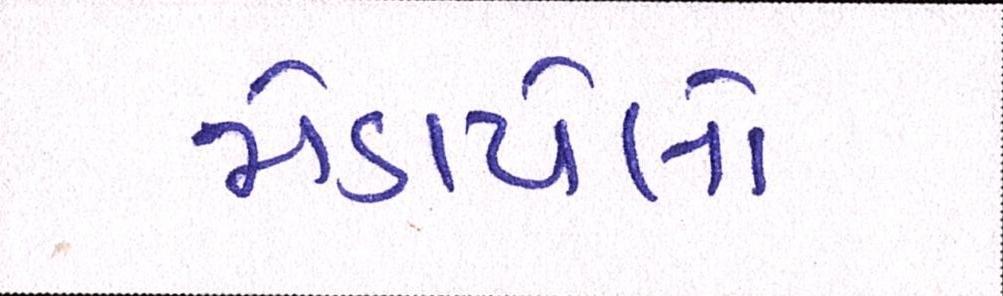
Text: જોડાયેલો